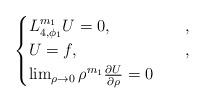
LaTeX: \begin{align*}\begin{cases}L_{4,\phi_1}^{m_1} U = 0, & \quad, \\U = f, & \quad, \\\lim_{\rho\to0}\rho^{m_1}\frac{\partial U}{\partial\rho} = 0\end{cases}\end{align*}